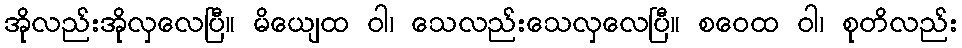
အိုလည်းအိုလှလေပြီ။ မိယျေထ ဝါ၊ သေလည်းသေလှလေပြီ။ စဝေထ ဝါ၊ စုတိလည်း